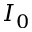
I _ { 0 }